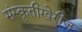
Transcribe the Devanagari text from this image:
संस्कृतीखेरीज